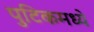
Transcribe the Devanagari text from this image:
पुटिकमध्ये